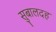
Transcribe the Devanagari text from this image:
सुबालदह